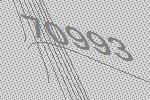
70993